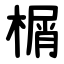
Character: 榍